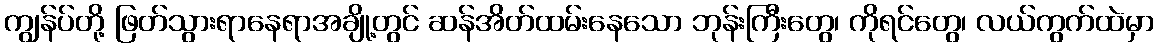
ကျွန်ပ်တို့ ဖြတ်သွားရာနေရာအချို့တွင် ဆန်အိတ်ထမ်းနေသော ဘုန်းကြီးတွေ၊ ကိုရင်တွေ၊ လယ်ကွက်ထဲမှာ